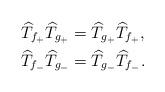
LaTeX: \begin{align*}\widehat{T}_{f_{+}}\widehat{T}_{g_{+}}&=\widehat{T}_{g_{+}}\widehat{T}_{f_{+}},\\\widehat{T}_{f_{-}}\widehat{T}_{g_{-}}&=\widehat{T}_{g_{-}}\widehat{T}_{f_{-}}.\end{align*}